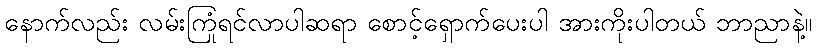
နောက်လည်း လမ်းကြုံရင်လာပါဆရာ စောင့်ရှောက်ပေးပါ အားကိုးပါတယ် ဘာညာနဲ့။